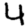
Digit: 4